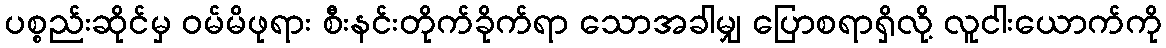
ပစ္စည်းဆိုင်မှ ဝမ်မိဖုရား စီးနင်းတိုက်ခိုက်ရာ သောအခါမျှ ပြောစရာရှိလို့ လူငါးယောက်ကို